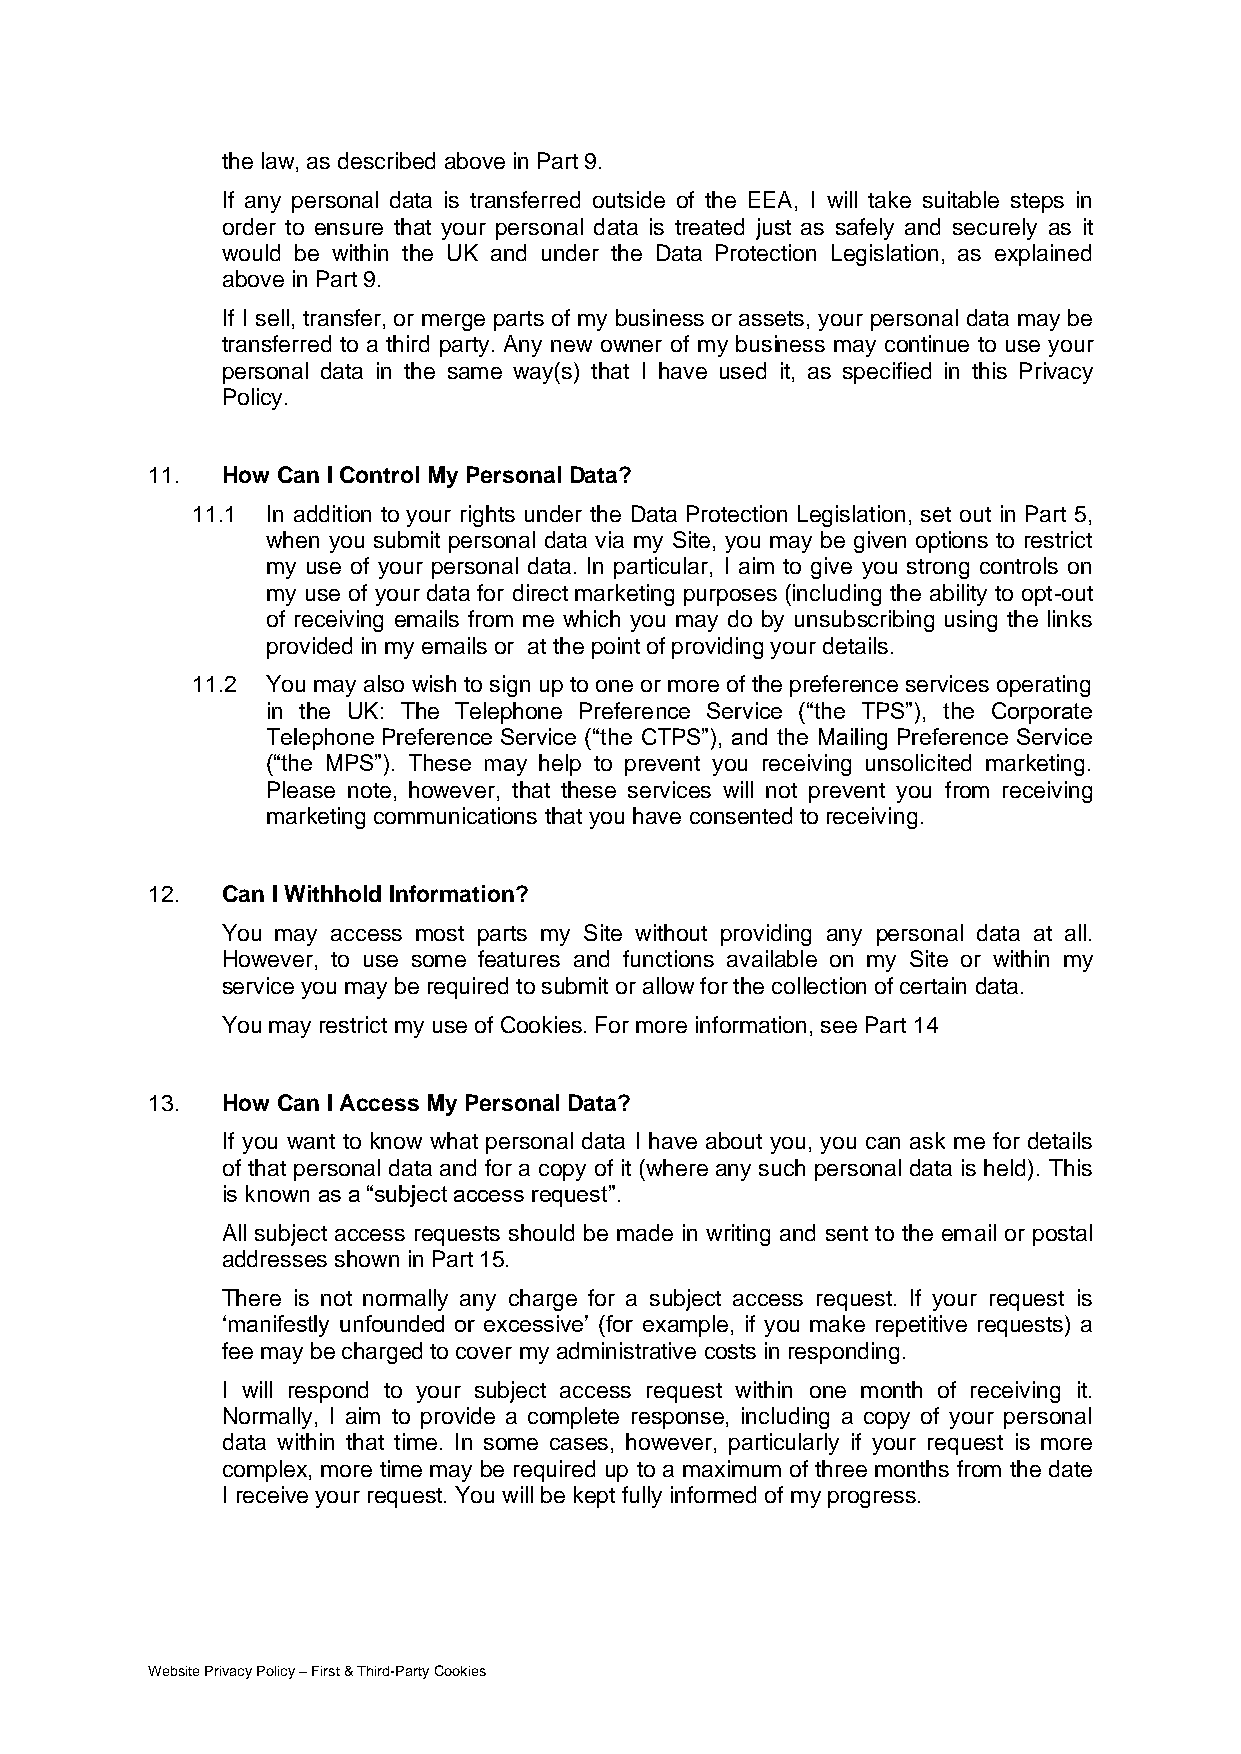
the law, as described above in Part 9.
 If any personal data is transferred outside of the EEA, I will take suitable steps in
 order to ensure that your personal data is treated just as safely and securely as it
 would be within the UK and under the Data Protection Legislation, as explained
 above in Part 9.
 If I sell, transfer, or merge parts of my business or assets, your personal data may be
 transferred to a third party. Any new owner of my business may continue to use your
 personal data in the same way(s) that I have used it, as specified in this Privacy
 Policy.
 11.  How Can I Control My Personal Data?
 11.1 In addition to your rights under the Data Protection Legislation, set out in Part 5,
 when you submit personal data via my Site, you may be given options to restrict
 my use of your personal data. In particular, I aim to give you strong controls on
 my use of your data for direct marketing purposes (including the ability to opt-out
 of receiving emails from me which you may do by unsubscribing using the links
 provided in my emails or at the point of providing your details.
 11.2 You may also wish to sign up to one or more of the preference services operating
 in the UK: The Telephone Preference Service (“the TPS”), the Corporate
 Telephone Preference Service (“the CTPS”), and the Mailing Preference Service
 (“the MPS”). These may help to prevent you receiving unsolicited marketing.
 Please note, however, that these services will not prevent you from receiving
 marketing communications that you have consented to receiving.
 12.  Can I Withhold Information?
 You may access most parts my Site without providing any personal data at all.
 However, to use some features and functions available on my Site or within my
 service you may be required to submit or allow for the collection of certain data.
 You may restrict my use of Cookies. For more information, see Part 14
 13.  How Can I Access My Personal Data?
 If you want to know what personal data I have about you, you can ask me for details
 of that personal data and for a copy of it (where any such personal data is held). This
 is known as a “subject access request”.
 All subject access requests should be made in writing and sent to the email or postal
 addresses shown in Part 15.
 There is not normally any charge for a subject access request. If your request is
 ‘manifestly unfounded or excessive’ (for example, if you make repetitive requests) a
 fee may be charged to cover my administrative costs in responding.
 I will respond to your subject access request within one month of receiving it.
 Normally, I aim to provide a complete response, including a copy of your personal
 data within that time. In some cases, however, particularly if your request is more
 complex, more time may be required up to a maximum of three months from the date
 I receive your request. You will be kept fully informed of my progress.
 Website Privacy Policy – First & Third-Party Cookies